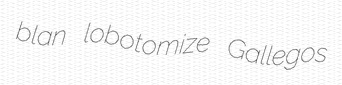
blan lobotomize Gallegos